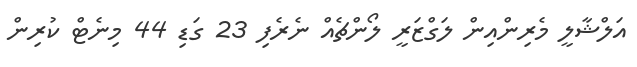
އަލްޝާލީ މެރިންއިން ލަގްޒަރީ ލޯންޗެއް ނެރެފި 23 ގަޑި 44 މިނެޓް ކުރިން